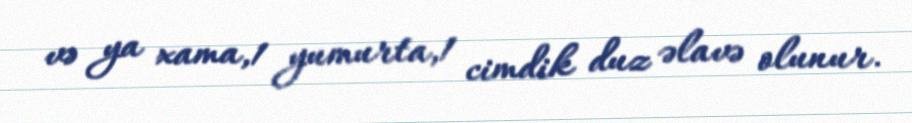
və ya xama,1 yumurta,1 cimdik duz əlavə olunur.